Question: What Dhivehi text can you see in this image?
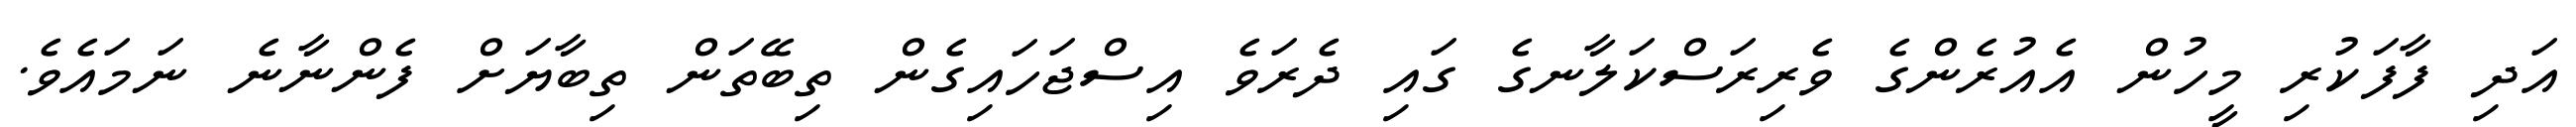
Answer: އަދި ފާފަކުރި މީހުން އެއުރެންގެ ވެރިރަސްކަލާނގެ ގައި ދެރަވެ އިސްޖަހައިގެން ތިބޭތަން ތިބާޔަށް ފެންނާނެ ނަމައެވެ.